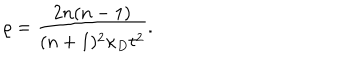
\varrho = \frac { 2 n ( n - 1 ) } { ( n + 1 ) ^ { 2 } \kappa _ { D } t ^ { 2 } } .